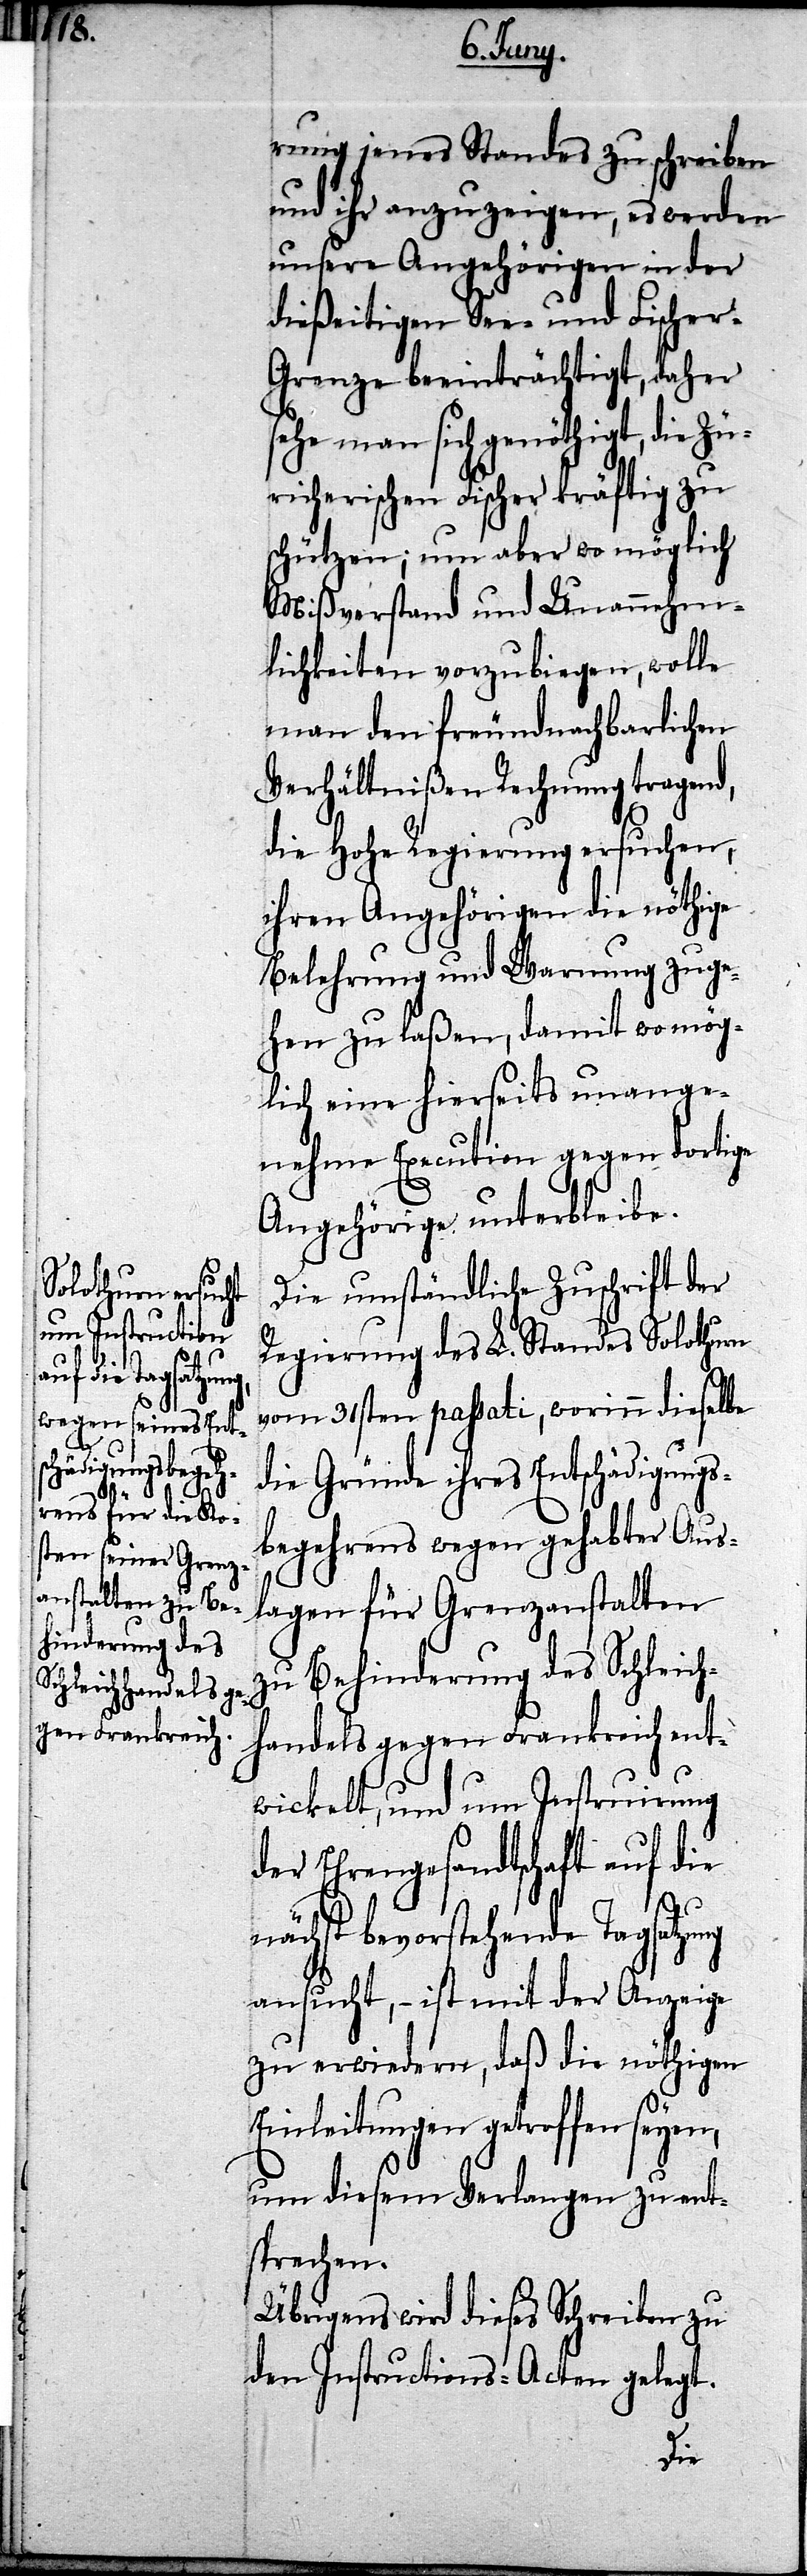
ung

ung jenes Standes zu schreiben
und ihr anzuzeigen, es werden
unsere Angehörigen in der
dießeitigen See- und Fischer-G¬
renze beeinträchtigt, daher
sehe man sich genöthigt, die Zü¬
richerischen Fischer kräftig zu
schützen; nun aber wo möglich
Mißverstand und Unannehm¬
lichkeiten vorzubiegen, wolle
man den freundnachbarlichen
Verhältnißen Rechnung tragend,
die Hohe Regierung ersuchen,
ihren Angehörigen die nöthige
Belehrung und Warnung zuge¬
hen zu laßen, damit wo mög¬
lich eine hierseits unange¬
nehme Execution gegen dortige
Angehörige unterbleibe.
Die umständliche Zuschrift der
Regierung des L. Standes Solothurn
vom 31sten passati, worinn dieselbe
die Gründe ihres Entschädigungs¬
begehrens wegen gehabter Aus¬
lagen für Grenzanstalten
zu Behinderung des Schleich¬
handels gegen Frankreich ent¬
wickelt, und um Instruirung
der Ehrengesandtschaft auf die
nächst bevorstehende Tagsatz¬
ansucht, – ist mit der Anzeige
zu erwiedern, daß die nöthigen
Einleitungen getroffen seyen,
um diesem Verlangen zu ents¬
prechen.
Übrigens wird dieses Schreiben zu
den Instructions-Acten gelegt.